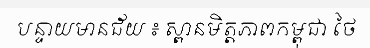
បន្ទាយមានជ័យ ៖ ស្ពានមិត្តភាពកម្ពុជា ថៃ